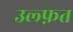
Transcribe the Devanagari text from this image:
उल्फ़त